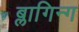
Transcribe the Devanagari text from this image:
ब्लागिन्ग